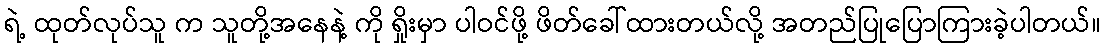
ရဲ့ ထုတ်လုပ်သူ က သူတို့အနေနဲ့ ကို ရှိုးမှာ ပါဝင်ဖို့ ဖိတ်ခေါ်ထားတယ်လို့ အတည်ပြုပြောကြားခဲ့ပါတယ်။